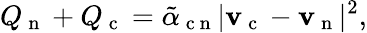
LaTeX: Q_{\mathrm{~n~}}+Q_{\mathrm{~c~}}=\tilde{\alpha}_{\mathrm{~c~n~}}|\mathbf{v}_{\mathrm{~c~}}-\mathbf{v}_{\mathrm{~n~}}|^{2},